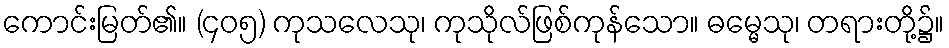
ကောင်းမြတ်၏။ (၄၀၅) ကုသလေသု၊ ကုသိုလ်ဖြစ်ကုန်သော။ ဓမ္မေသု၊ တရားတို့၌။